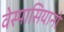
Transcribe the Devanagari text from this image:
वेस्पासियानो